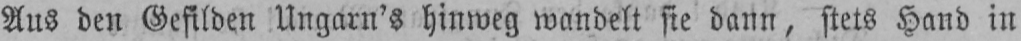
Aus den Gefilden Ungarn’s hinweg wandelt sie dann, stets Hand in